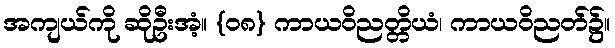
အကျယ်ကို ဆိုဦးအံ့။ {၀၈} ကာယဝိညတ္တိယံ၊ ကာယဝိညတ်၌။